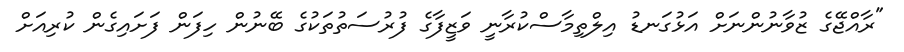
"ރާއްޖޭގެ ޒުވާނުންނަށް އަޅުގަނޑު އިލްތިމާސްކުރާނީ ވަޒީފާގެ ފުރުސަތުތަކުގެ ބޭނުން ހިފަން ފަށައިގެން ކުރިއަށް